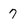
Character: 7